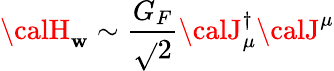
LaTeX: {\calH}_{\mathbf{w}}\sim{\frac{{G_{F}}}{{\sqrt{}{{2}}}}}{\calJ}_{\mu}^{\dagger}{\calJ}^{\mu}